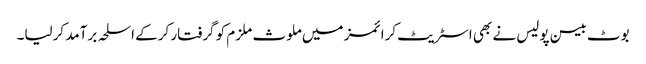
بوٹ بیسن پولیس نے بھی اسٹریٹ کرائمز میں ملوث ملزم کو گرفتار کرکے اسلحہ برآمد کرلیا۔